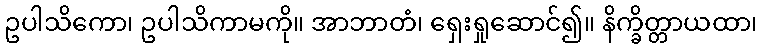
ဥပါသိကော၊ ဥပါသိကာမကို။ အာဘာတံ၊ ရှေးရှုဆောင်၍။ နိက္ခိတ္တာယထာ၊